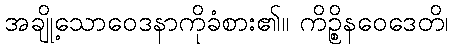
အချို့သောဝေဒနာကိုခံစား၏။ ကိဉ္စိနဝေဒေတိ၊